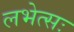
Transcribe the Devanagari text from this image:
लभेत्सः